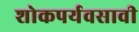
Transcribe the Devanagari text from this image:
शोकपर्यवसावी